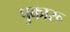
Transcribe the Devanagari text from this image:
पुकारू